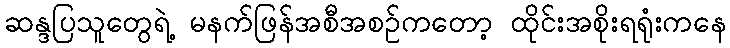
ဆန္ဒပြသူတွေရဲ့ မနက်ဖြန်အစီအစဉ်ကတော့ ထိုင်းအစိုးရရုံးကနေ